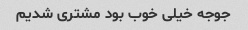
جوجه خیلی خوب بود مشتری شدیم